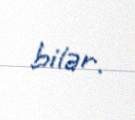
bilər.